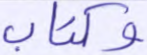
وكتاب